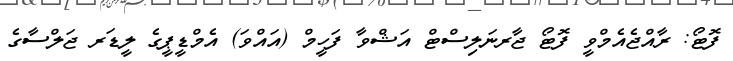
ފޮޓޯ: ރާއްޖެއެމްވީ ފޮޓޯ ޖާރނަލިސްޓް އަޝްވާ ފަހީމް (އައްވަ) އެމްޑީޕީގެ ލީޑަރ ޖަލްސާގެ